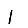
Digit: 1